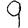
Digit: 9